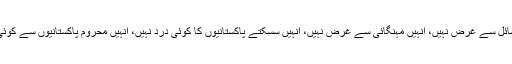
انہیں عوامی مسائل سے غرض نہیں، انہیں مہنگائی سے غرض نہیں، انہیں سسکتے پاکستانیوں کا کوئی درد نہیں، انہیں محروم پاکستانیوں سے کوئی ہمدردی نہیں۔